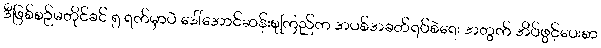
ဒီဖြစ်စဉ်မတိုင်ခင် ၅ ရက်မှာပဲ ဒေါ်အောင်ဆန်းစုကြည်က အပစ်အခတ်ရပ်စဲရေး အတွက် အိပ်ဖွင့်ပေးစာ